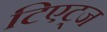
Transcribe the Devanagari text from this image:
टिएट्ज